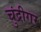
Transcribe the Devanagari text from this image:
चुंद्रीगर